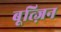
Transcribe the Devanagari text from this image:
बूत्ज़िन